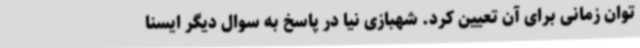
توان زمانی برای آن تعیین کرد. شهبازی نیا در پاسخ به سوال دیگر ایسنا